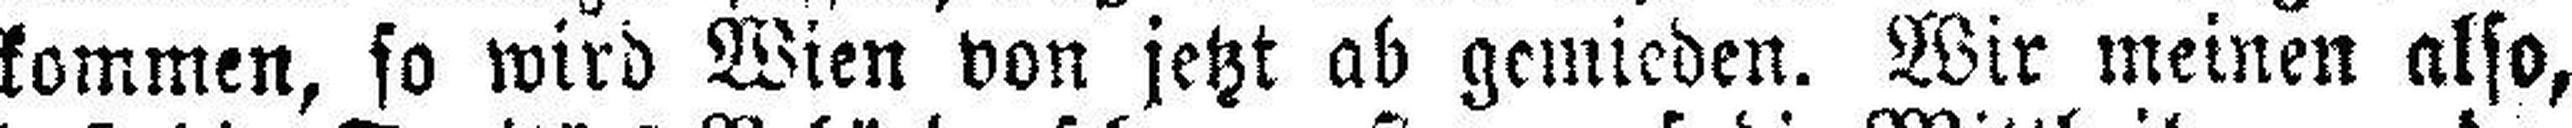
kommen, so wird Wien von jetzt ab gemieden. Wir meinen also,